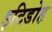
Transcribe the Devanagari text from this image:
इटिडोह